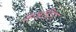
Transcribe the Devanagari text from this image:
कन्नडिग